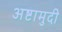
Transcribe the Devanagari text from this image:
अष्टामुदी